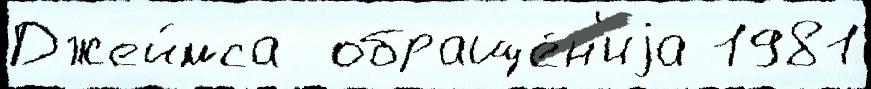
Джеймса  обраще́н'иjа 1981